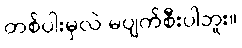
တစ်ပါးမှလဲ မပျက်စီးပါဘူး။